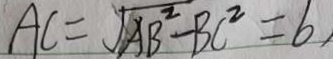
A C = \sqrt { A B ^ { 2 } - B C ^ { 2 } } = 6